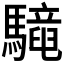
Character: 𩦳